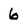
Character: 6